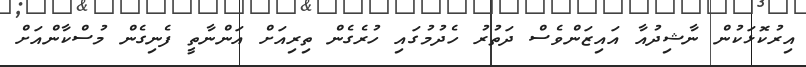
އިރުކޮޅަކުން ނާޝިދުއާ އައިޒަންވެސް ދަތުރު ހެދުމުގައި ހުރެގެން ތިރިއަށް އަންނާތީ ފެނިގެން މުސްކާންއަށް